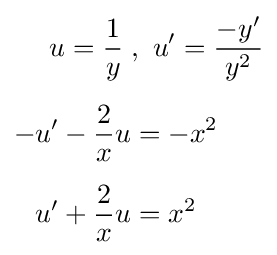
{\begin{aligned}u={\frac {1}{y}}\;&,~u'={\frac {-y'}{y^{2}}}\\[5pt]-u'-{\frac {2}{x}}u&=-x^{2}\\[5pt]u'+{\frac {2}{x}}u&=x^{2}\end{aligned}}